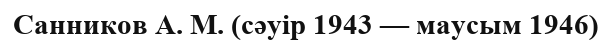
Санников А. М. (сәуір 1943 — маусым 1946)